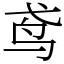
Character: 鸢